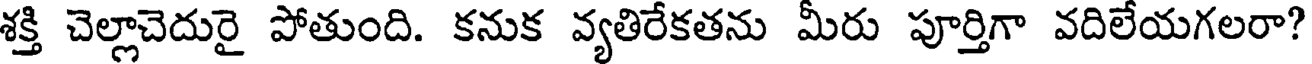
శక్తి చెల్లాచెదురై పోతుంది. కనుక వ్యతిరేకతను మీరు పూర్తిగా వదిలేయగలరా?